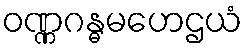
ဝဏ္ဏဂန္ဓမဟေဌယံ